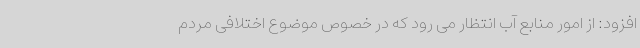
افزود: از امور منابع آب انتظار می رود که در خصوص موضوع اختلافی مردم